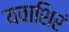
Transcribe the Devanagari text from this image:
यवाशिरं